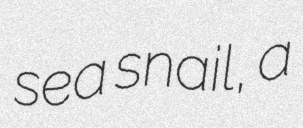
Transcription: sea snail, a